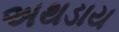
અથડાય